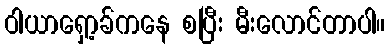
ဝါယာရှော့ခ်ကနေ စပြီး မီးလောင်တာပါ။